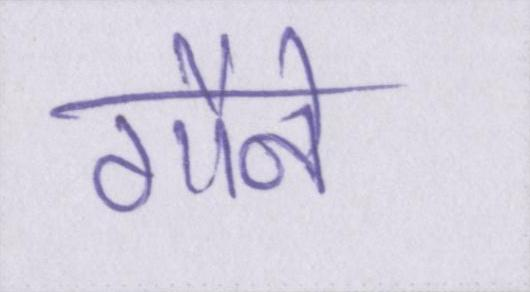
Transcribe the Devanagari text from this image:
गौने